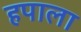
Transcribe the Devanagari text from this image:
हपाला